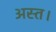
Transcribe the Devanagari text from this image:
अस्त।